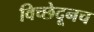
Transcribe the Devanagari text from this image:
विच्छेदूनच